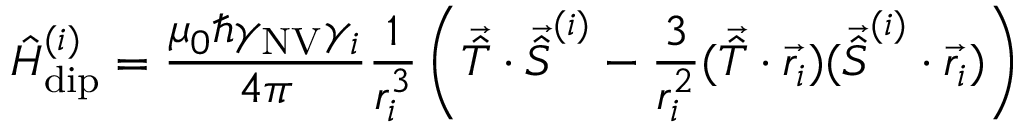
\hat { H } _ { \mathrm { d i p } } ^ { ( i ) } = \frac { \mu _ { 0 } \hbar \gamma _ { \mathrm { N V } } \gamma _ { i } } { 4 \pi } \frac { 1 } { r _ { i } ^ { 3 } } \left( \vec { \hat { T } } \cdot \vec { \hat { S } } ^ { ( i ) } - \frac { 3 } { r _ { i } ^ { 2 } } ( \vec { \hat { T } } \cdot \vec { r } _ { i } ) ( \vec { \hat { S } } ^ { ( i ) } \cdot \vec { r } _ { i } ) \right)